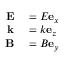
\begin{array} { r l } { \mathbf { E } } & { { } = E \mathbf { e } _ { x } } \\ { \mathbf { k } } & { { } = k \mathbf { e } _ { z } } \\ { \mathbf { B } } & { { } = B \mathbf { e } _ { y } } \end{array}